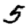
Digit: 5